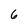
Character: 6